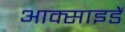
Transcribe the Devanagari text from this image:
आक्साइडें